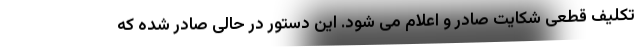
تکلیف قطعی شکایت صادر و اعلام می شود. این دستور در حالی صادر شده که